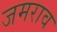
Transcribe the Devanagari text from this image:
जमराव